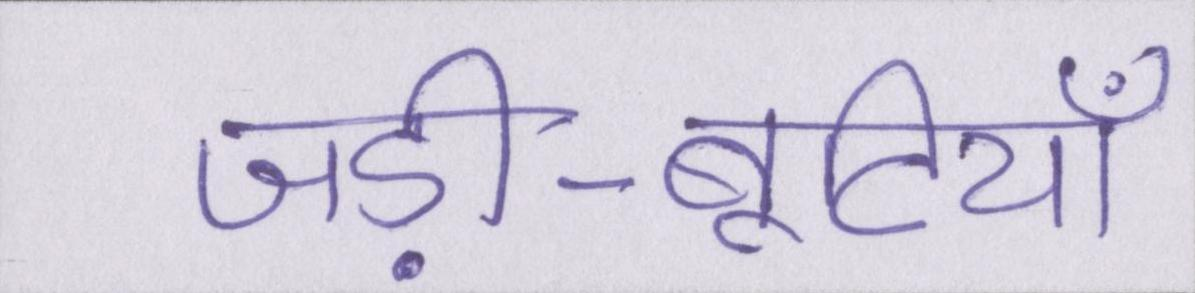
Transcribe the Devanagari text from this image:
जड़ी-बूटियाँ